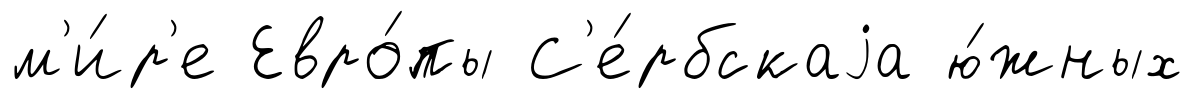
м'и́р'е Евро́пы С'е́рбскаjа ю́жных